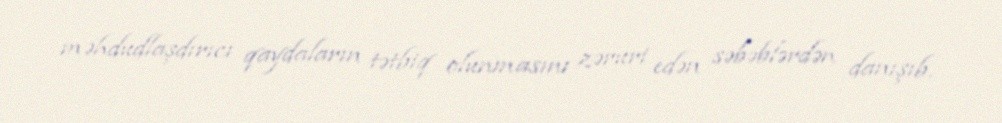
məhdudlaşdırıcı qaydaların tətbiq olunmasını zəruri edən səbəblərdən danışıb.